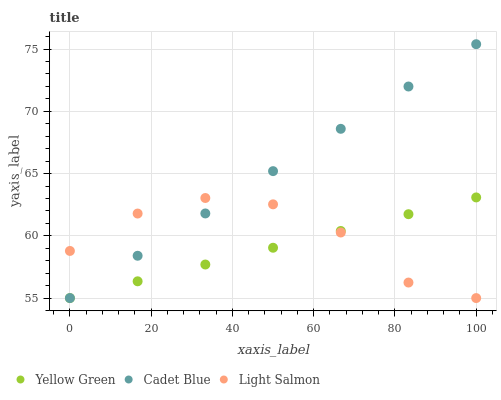
| xaxis_label | Yellow Green | Cadet Blue | Light Salmon |
 | --- | --- | --- | --- |
 | 0 | 55 | 55 | 58.8 |
 | 16.7 | 56.3 | 58.4 | 61.8 |
 | 33.3 | 57.7 | 61.8 | 63 |
 | 50 | 59 | 65.2 | 62.5 |
 | 66.7 | 60.4 | 68.6 | 60.3 |
 | 83.3 | 61.7 | 72 | 56.2 |
 | 100 | 63.1 | 75.4 | 55 |